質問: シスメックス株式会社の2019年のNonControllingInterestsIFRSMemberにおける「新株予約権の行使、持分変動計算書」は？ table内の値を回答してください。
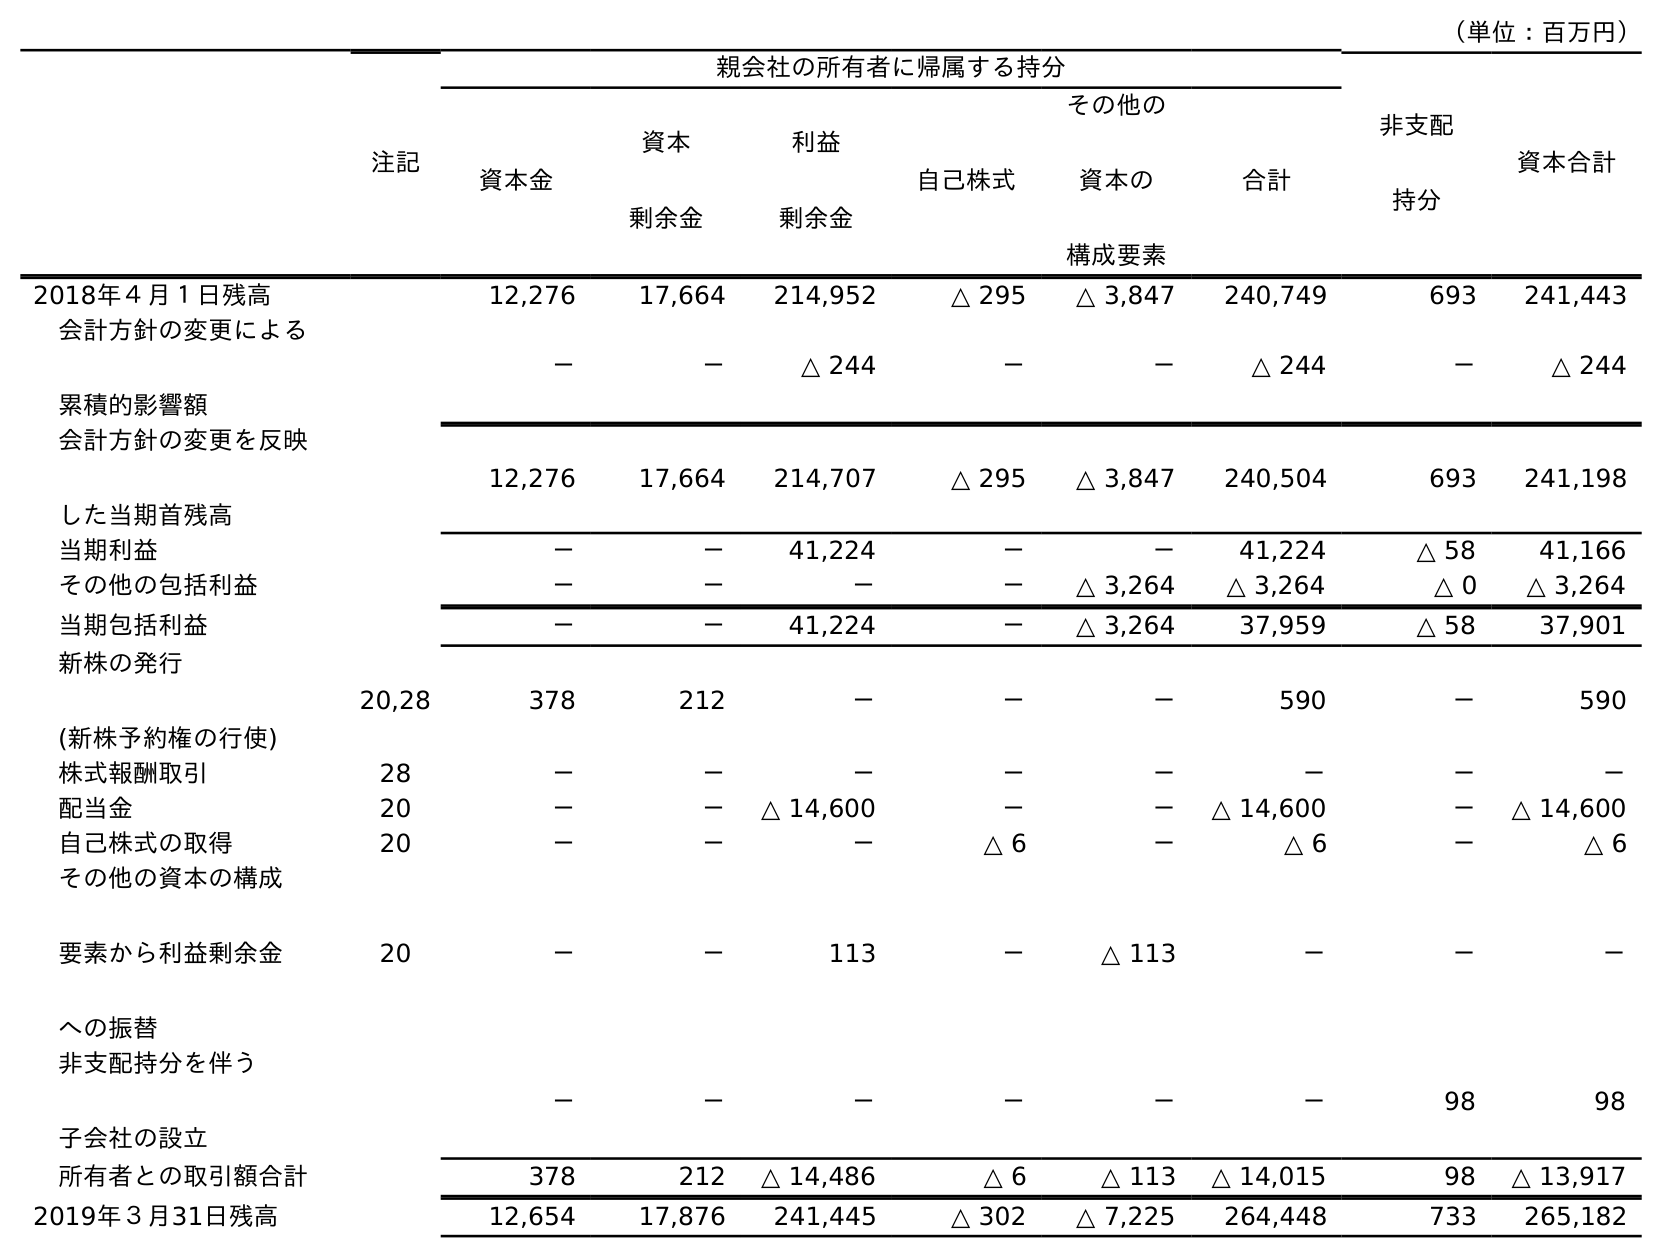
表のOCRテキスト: （単位：百万円） 注記 親会社の所有者に帰属する持分 非支配 持分 資本合計 資本金 資本 剰余金 利益 剰余金 自己株式 その他の 資本の 構成要素 合計 2018年４月１日残高 12,276 17,664 214,952 △ 295 △ 3,847 240,749 693 241,443 会計方針の変更による 累積的影響額 － － △ 244 － － △ 244 － △ 244 会計方針の変更を反映 した当期首残高 12,276 17,664 214,707 △ 295 △ 3,847 240,504 693 241,198 当期利益 － － 41,224 － － 41,224 △ 58 41,166 その他の包括利益 － － － － △ 3,264 △ 3,264 △ 0 △ 3,264 当期包括利益 － － 41,224 － △ 3,264 37,959 △ 58 37,901 新株の発行 (新株予約権の行使) 20,28 378 212 － － － 590 － 590 株式報酬取引 28 － － － － － － － － 配当金 20 － － △ 14,600 － － △ 14,600 － △ 14,600 自己株式の取得 20 － － － △ 6 － △ 6 － △ 6 その他の資本の構成 要素から利益剰余金 への振替 20 － － 113 － △ 113 － － － 非支配持分を伴う 子会社の設立 － － － － － － 98 98 所有者との取引額合計 378 212 △ 14,486 △ 6 △ 113 △ 14,015 98 △ 13,917 2019年３月31日残高 12,654 17,876 241,445 △ 302 △ 7,225 264,448 733 265,182
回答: －